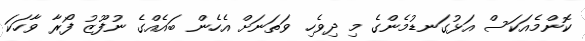
ކޮންމެއަކަސް އަޅުގަނޑުމެންގެ މި ދިވެހި ވަތަނަށް އެހެން ބައެއްގެ ނުފޫޒު ފޯރާ ވާހަކަ